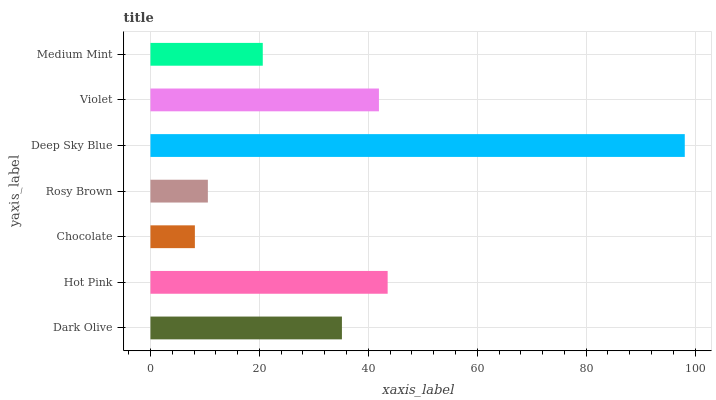
| yaxis_label | bars |
 | --- | --- |
 | Dark Olive | 35.2 |
 | Hot Pink | 43.5 |
 | Chocolate | 8.16 |
 | Rosy Brown | 10.5 |
 | Deep Sky Blue | 98.1 |
 | Violet | 41.9 |
 | Medium Mint | 20.6 |